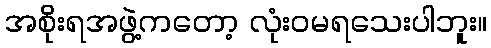
အစိုးရအဖွဲ့ကတော့ လုံးဝမရသေးပါဘူး။